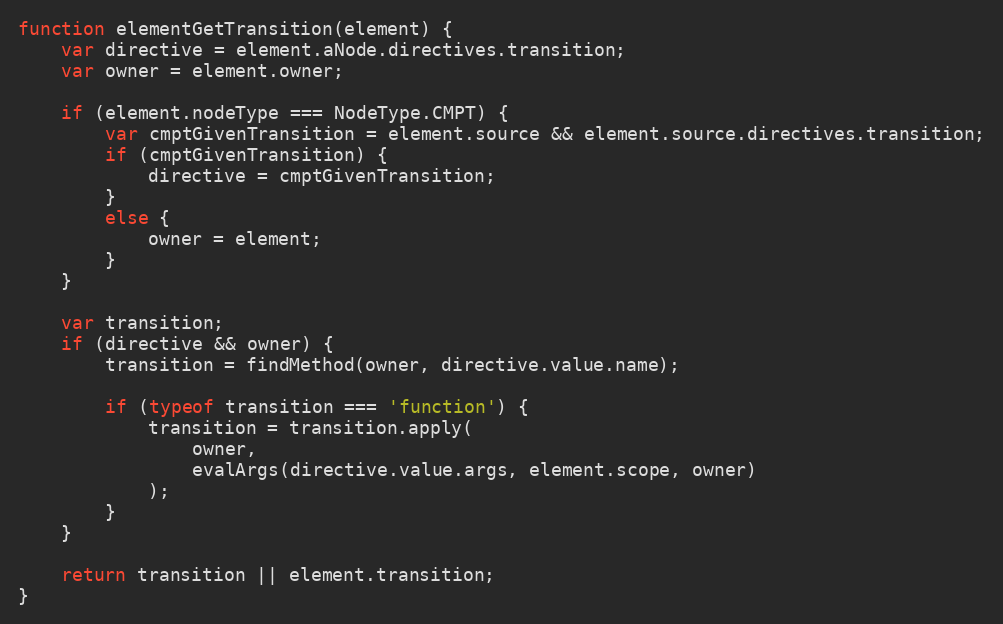
Language: JavaScript
function elementGetTransition(element) {
    var directive = element.aNode.directives.transition;
    var owner = element.owner;

    if (element.nodeType === NodeType.CMPT) {
        var cmptGivenTransition = element.source && element.source.directives.transition;
        if (cmptGivenTransition) {
            directive = cmptGivenTransition;
        }
        else {
            owner = element;
        }
    }

    var transition;
    if (directive && owner) {
        transition = findMethod(owner, directive.value.name);

        if (typeof transition === 'function') {
            transition = transition.apply(
                owner,
                evalArgs(directive.value.args, element.scope, owner)
            );
        }
    }

    return transition || element.transition;
}